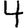
Digit: 4